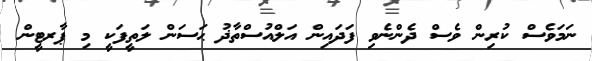
ނަމަވެސް ކުރިން ވެސް ދެންނެވި ފަދައިން އަލްއުސްތާޛު ޙަސަން ލަތީފަކީ މި ޕާރޓީން